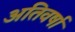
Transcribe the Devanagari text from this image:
अतिवर्षा